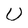
Character: U